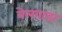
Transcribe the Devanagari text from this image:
बेलवाड़ा